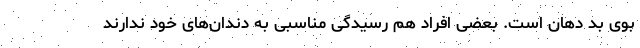
بوی بد دهان است. بعضی افراد هم رسیدگی مناسبی به دندان‌های خود ندارند